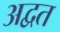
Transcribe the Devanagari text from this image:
अद्वत